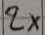
Text: 2×